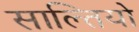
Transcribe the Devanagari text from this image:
साल्तियो